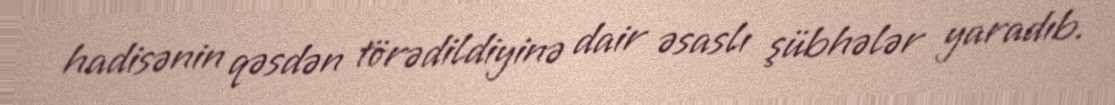
hadisənin qəsdən törədildiyinə dair əsaslı şübhələr yaradıb.